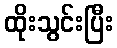
ထိုးသွင်းပြီး